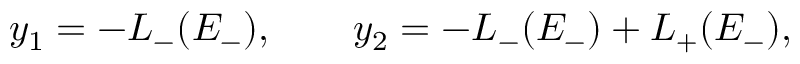
y _ { 1 } = - L _ { - } ( E _ { - } ) , \qquad y _ { 2 } = - L _ { - } ( E _ { - } ) + L _ { + } ( E _ { - } ) ,